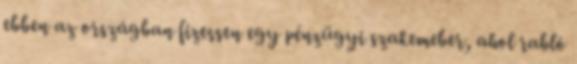
ebben az országban fizessen egy pénzügyi szakemeber, ahol rabló